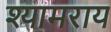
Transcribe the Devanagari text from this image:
श्यामराय